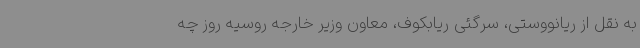
به نقل از ریانووستی، سرگئی ریابکوف، معاون وزیر خارجه روسیه روز چه